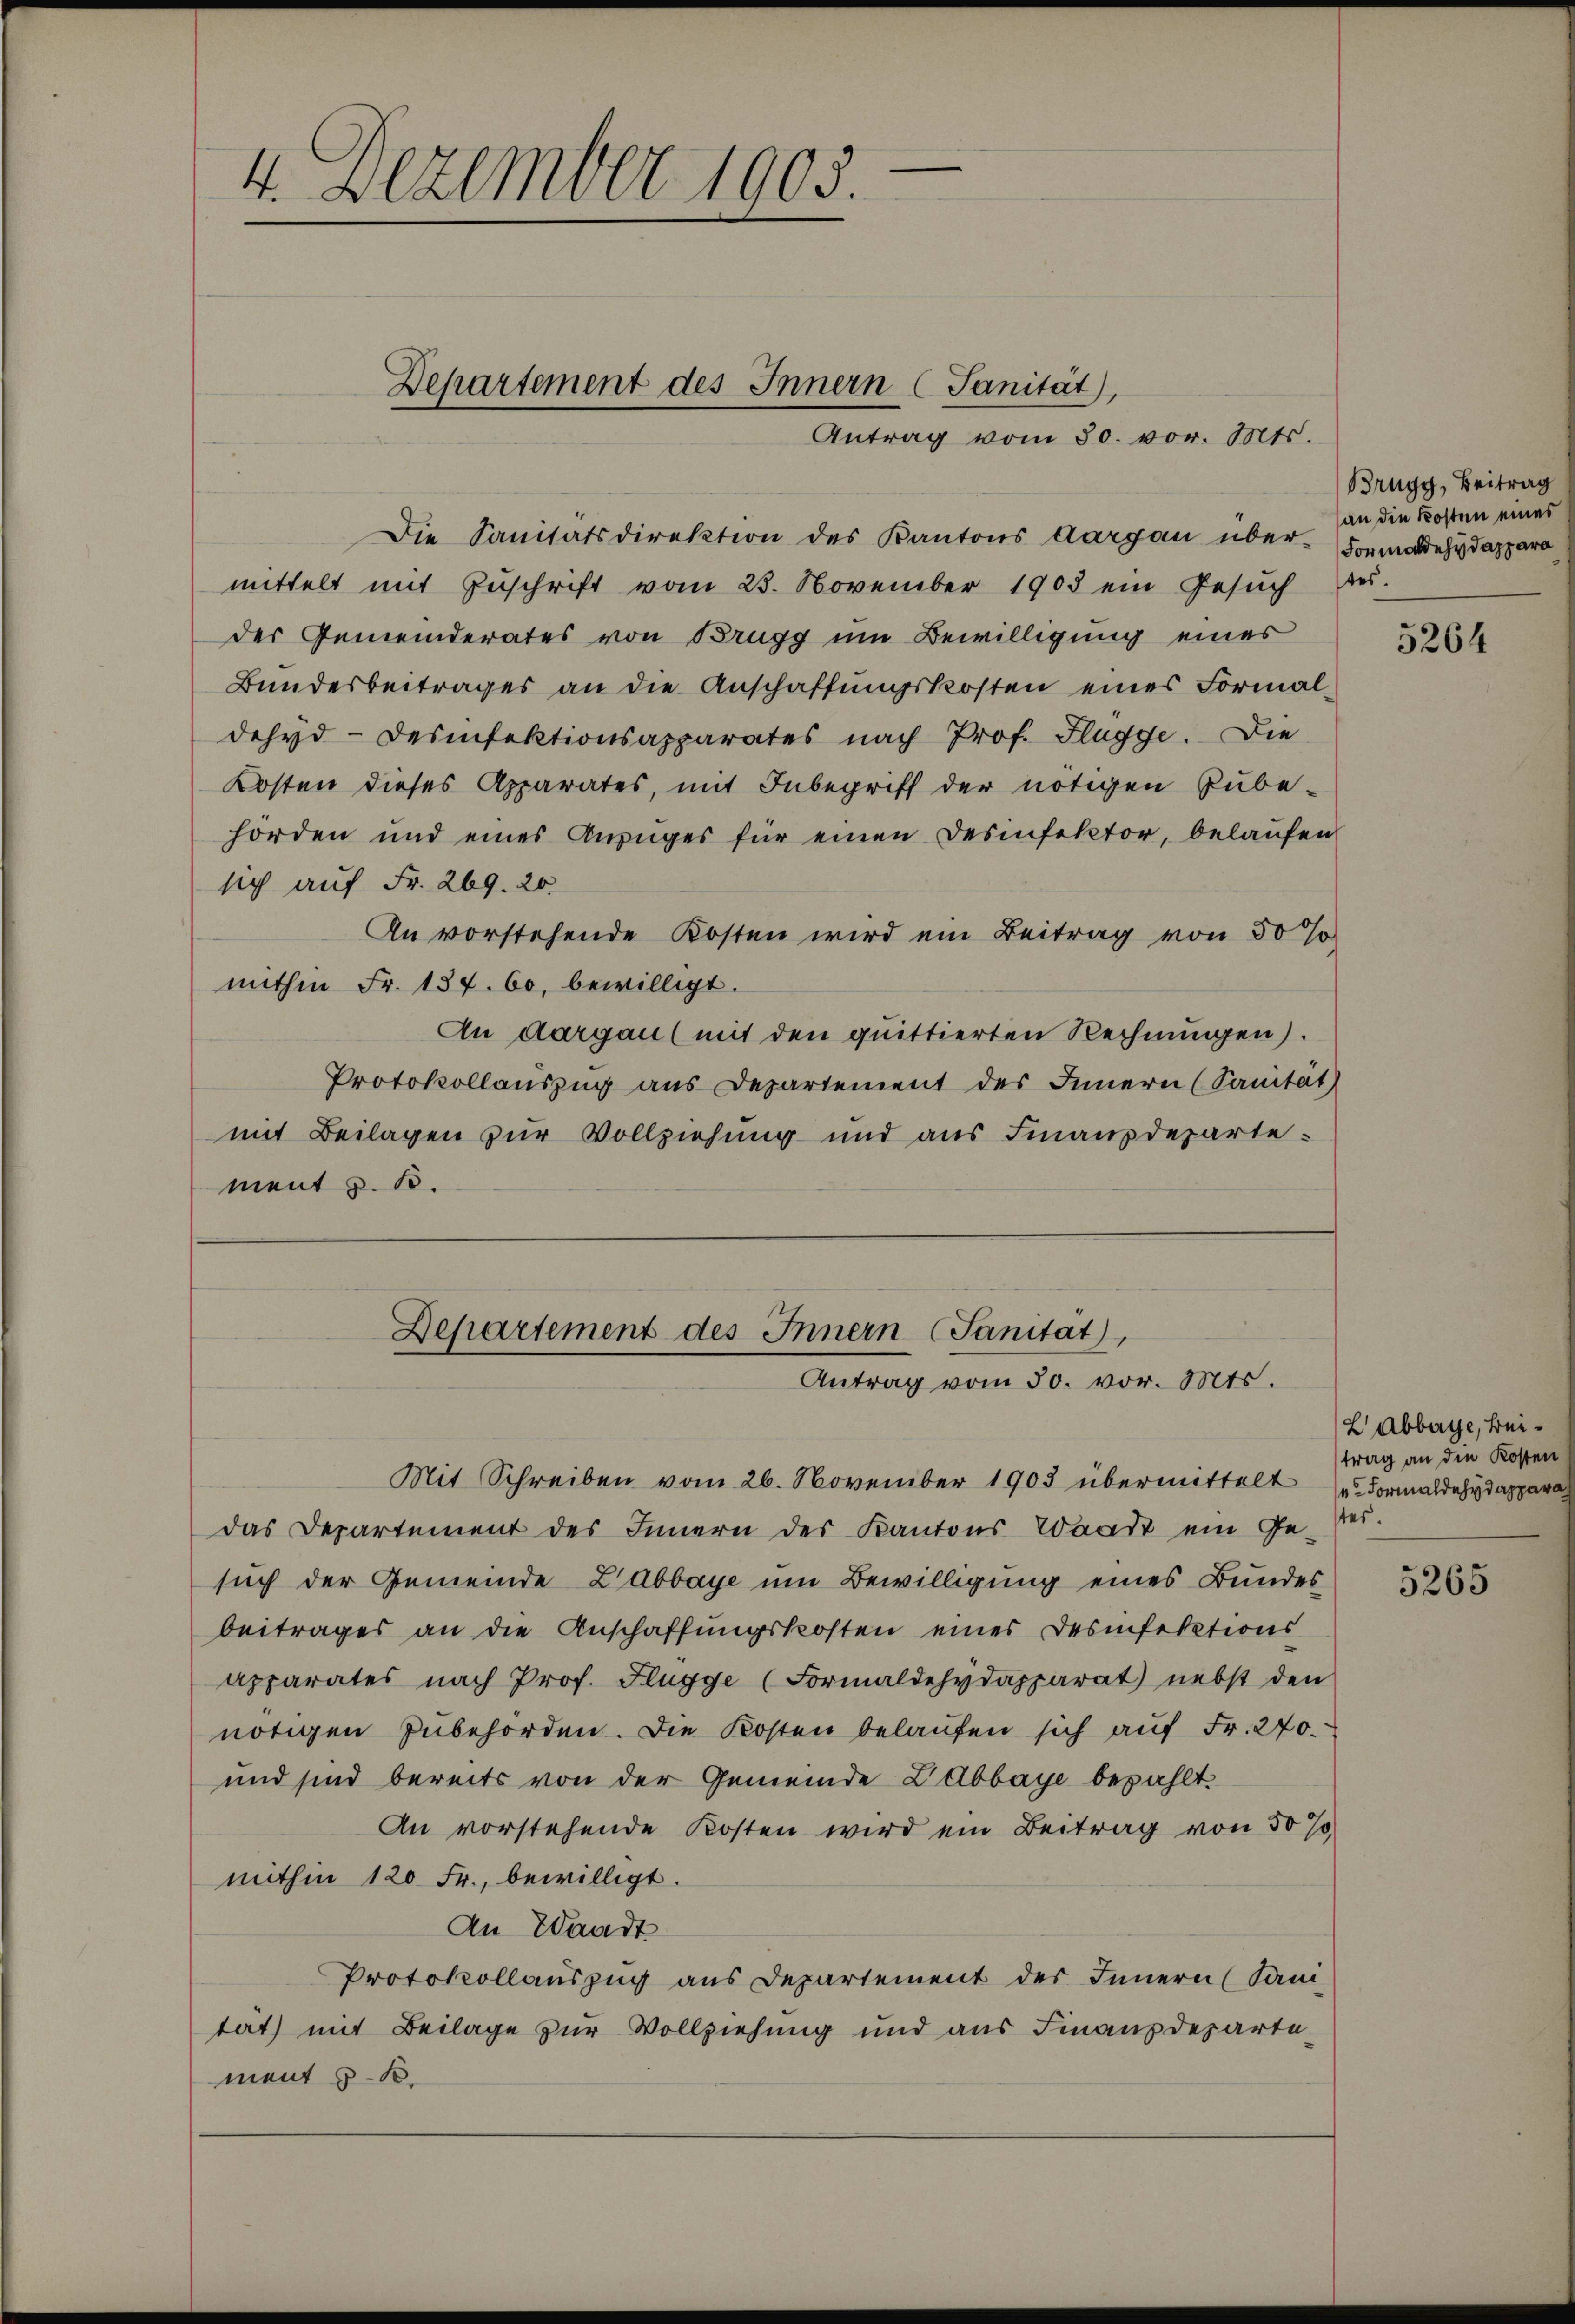
4. Dezember 1903.

Departement des Innern (Sanität),
Antrag vom 30. vor. Mts.

Die Sanitätsdirektion des Kantons Aargau über-Formadehy appara

mittelt mit Zŭschrift vom 23. November 1903 ein Gesŭch des-
der Gemeinderates von Brugg um Bewilligung eines
Bundesbeitrages an die Anschaffungskosten eines Formaldehyd-Desinfektionsapparates nach Prof. Flügge. Die
Kosten dieses Apparates, mit Inbegriff der nötigen Pube-
hörden und eines Anzŭges für einen Desinfektor, belaŭfen
sich auf Fr. 269. 20.
An vorstehende Kosten wird ein Beitrag von 50 %
mithin Fr. 137. 60, bewilligt.
An Aargau (mit den quittierten Rechnungen).
Protokollauszug aus Departement des Innern (Sanität
mit Beilagen zur Vollziehung und aus Finanzdepartement z. B.

Departement des Innern (Sanitat
Antrag vom 30. vor. Mts.

Mit Schreiben vom 26. November 1903 übermittelt (Formaldehydappara
das Departement des Innern des Kantons Waadt ein Ge-Ver-
such der Gemeinde Zabbaye um Bewilligung eines Bundes
beitrages an die Anschaffungskosten eines Desinfektions
apparates nach Prof. Flügge (Formaldehydapparat nebst den
nötigen Zubehörden. Die Kosten belaufen sich auf Fr. 240.
und sind bereits von der Gemeinde LAbbaye bezahlt
An vorstehende Kosten wird ein Beitrag von 50 %
mithin 120 Fr., bewilligt.
An Waadt
Protokollauszug aus Departement des Innern (Sani-
tat) mit Beilage zur Vollziehung und aus Finanzdepartement u.

Brugg, Beitrag
an die Kosten eines

5264

2Abbaye, beitrag an die Kosten

5265